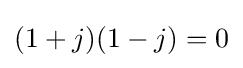
(1+j)(1-j)=0